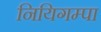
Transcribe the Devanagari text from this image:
नियिगम्‍पा